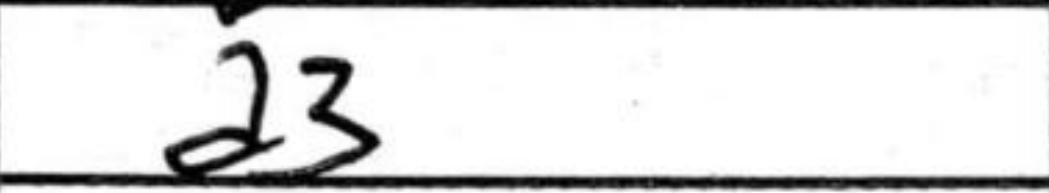
Transcription: a3